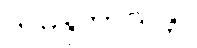
သမနုဘာသန္တာ